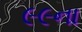
૯૯ના